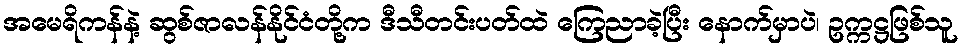
အမေရိကန်နဲ့ ဆွစ်ဇာလန်နိုင်ငံတို့က ဒီသီတင်းပတ်ထဲ ကြေညာခဲ့ပြီး နောက်မှာပဲ၊ ဥက္ကဋ္ဌဖြစ်သူ